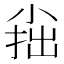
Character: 𡮍